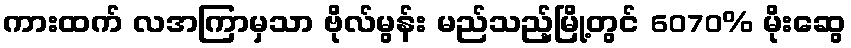
ကားထက် လအကြာမှသာ ဗိုလ်မွန်း မည်သည့်မြို့တွင် 6070% မိုးဆွေ